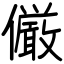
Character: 𠑊